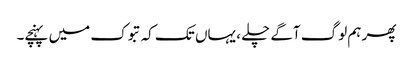
پھر ہم لوگ آگے چلے ، یہاں تک کہ تبوک میں پہنچے۔